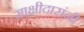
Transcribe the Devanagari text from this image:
साक्षीदारांनी